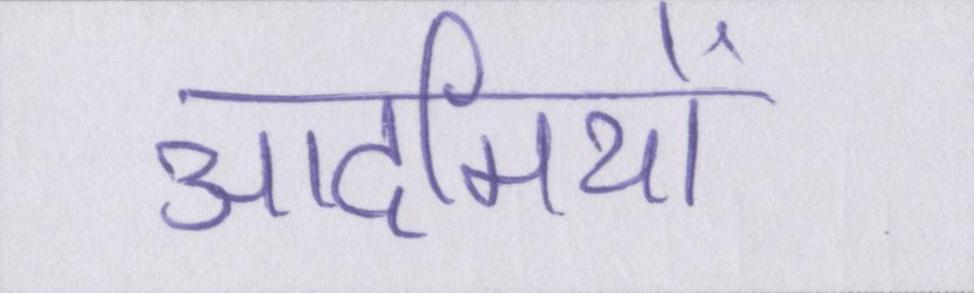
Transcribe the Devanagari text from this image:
आदमियों